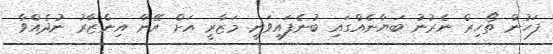
ފަހުން ތޯހިރް ނެރުނު ބަޔާނެއްގައި ބުނެފައިވަނީ މަޒާރީ އަށް އޭނާ އިންޒާރު ނުދެއްވާ